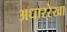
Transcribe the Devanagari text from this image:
अधाररेखा